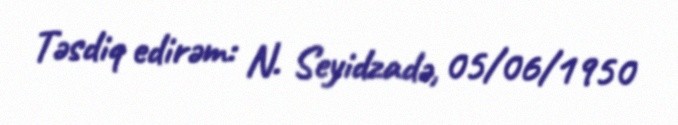
Təsdiq edirəm: N. Seyidzadə, 05/06/1950